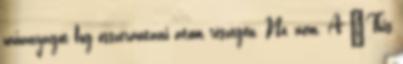
műanyagot fog összerántani atom részegen. No, nem. A ’This